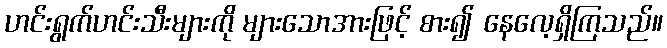
ဟင်းရွက်ဟင်းသီးများကို များသောအားဖြင့် စား၍ နေလေ့ရှိကြသည်။